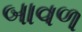
બાવળ